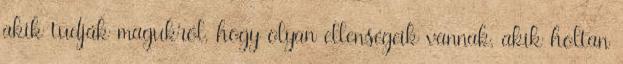
akik tudják magukról, hogy olyan ellenségeik vannak, akik holtan